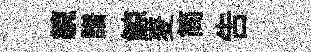
綂譜鯨麦简告